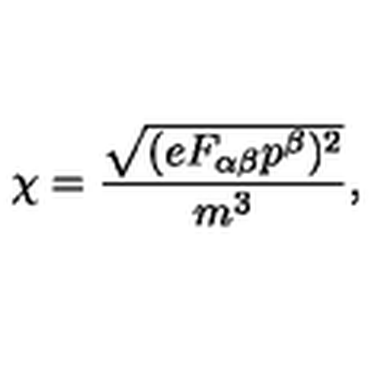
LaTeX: \chi = \frac { \sqrt { ( e F _ { \alpha \beta } p ^ { \beta } ) ^ { 2 } } } { m ^ { 3 } } ,